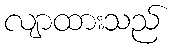
လျာထားသည်